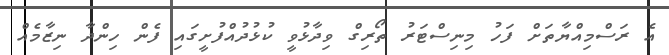
އެ ރަސްމިއްޔާތަށް ފަހު މިނިސްޓަރު ތޯރިގް ވިދާޅުވީ ކުޅުދުއްފުށީގައި ފެން ހިންދާ ނިޒާމެއް